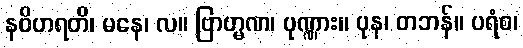
နဝိဟရတိ၊ မနေ၊ လ။ ဗြာဟ္မဏ၊ ပုဏ္ဏား။ ပုန၊ တဘန်။ ပရံစ၊